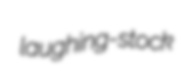
laughing-stock